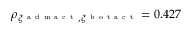
\rho _ { \xi ^ { \mathrm { ~ a ~ d ~ m ~ a ~ c ~ t ~ } } , \xi ^ { \mathrm { ~ b ~ o ~ t ~ a ~ c ~ t ~ } } } = 0 . 4 2 7